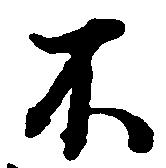
不